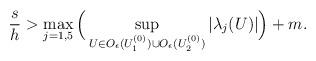
LaTeX: \begin{align*}\frac{s}{h}>\max_{j=1,5}\Big(\sup_{U\in O_{\epsilon}(U_{1}^{(0)})\cup O_{\epsilon}(U_{2}^{(0)})}|\lambda_j(U)|\Big)+m.\end{align*}